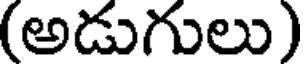
(అడుగులు)